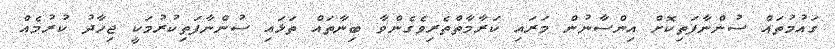
ގަައުމުތައް ސުންނާފަތިކޮށް އިންސާނުން މަރައި ކަރާމާތްތެރިވެގެންވާ ބިނާތައް ތަޅައި ސުންނާފަތިކުރުމަކީ ޖިހާދު ކުރުމެއް